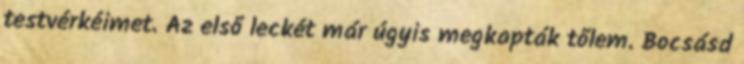
testvérkéimet. Az első leckét már úgyis megkapták tőlem. Bocsásd